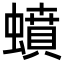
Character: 蟦